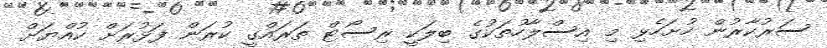
ސަރުކާރުން ހުށަހެޅި މި އިސްލާހުތަކުގެ ބިލަކީ ރިސޯޓް ތަރައްގީ ކުރަން ފަޅުރަށް ކުއްޔަށް